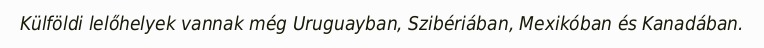
Külföldi lelőhelyek vannak még Uruguayban, Szibériában, Mexikóban és Kanadában.